Lunatic asylums in Bengal annual reports 1899-1911 - 1899-1911
Year: 1899
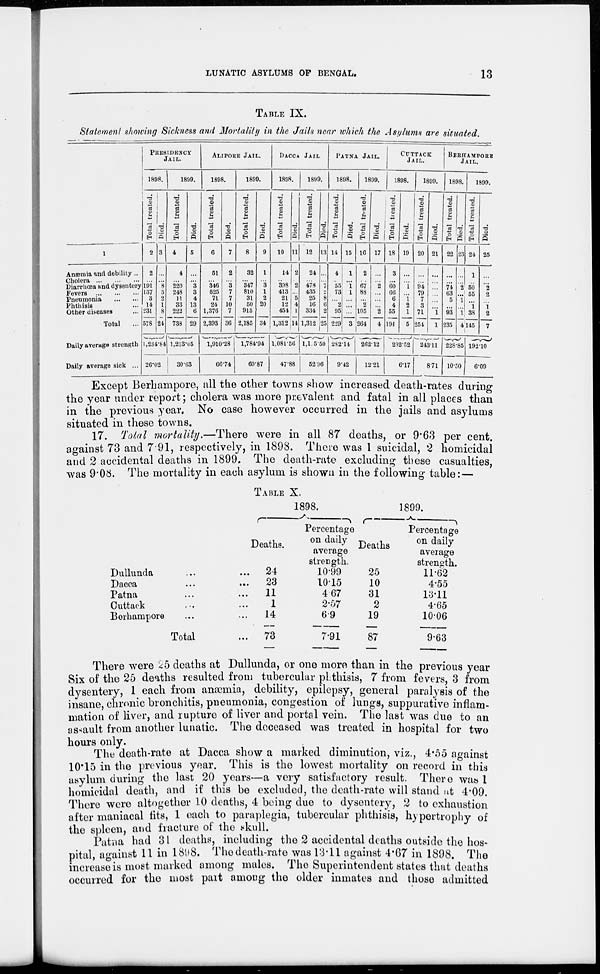
LUNATIC ASYLUMS OF BENGAL.
13
TABLE IX.
Statement showing Sickness and Mortality in the Jails near which the Asylums are situated.
1
Anæmia and debility ...
Cholera ... ... ...
Diarrhœa and dysentery
Fevers ... ... ...
Pneumonia ... ...
Phthisis ...
Other diseases ...
Total ...
Daily average strength
Daily average sick ...
PRESIDENCY
JAIL.
1898.
Total treated.
2
2
...
191
137
3
14
231
578
Died.
3
...
...
8
5
2
1
8
24
1,234.84
26.02
1899.
Total treated.
4
4
...
220
248
11
33
222
738
Died.
5
...
...
3
3
4
13
6
29
1,213.05
30.63
ALIPORE JAIL.
1898.
Total treated.
6
51
... 346
525
71
24
1,376
2,393
Died.
7
2
... 3
7
7
10
7
36
1,910.28
66.74
1899.
Total treated.
8
32
...
347
810
31
50
915
2,185
Died.
9
1
... 3
1
2
20
34
1,784.94
60.87
DACCA JAIL.
1898.
Total treated.
10
14
... 398
413
21
12
454
1,312
Died.
11
2
...
2
...
5
4
1
14
1,081.56
47.88
1899.
Total treated.
12
24
... 478
435
25
16
334
1,312
Died.
13
...
...
7
2
8
6
2
25
1,165.50
52.96
PATNA JAIL.
1898.
Total treated.
14
4
... 55
73
...
2
95
229
Died.
15
1
...
1
1
...
...
...
3
282.14
9.42
1899.
Total treated.
16
2
...
67
88
...
2
105
264
Died.
17
...
... 2
...
...
...
2
4
262.12
12.21
CUTTACK
JAIL.
1898.
Total treated.
18
3
...
60
66
6
4
55
194
Died.
19
...
...
1
...
1
2
1
5
232.52
6.17
1899.
Total treated.
20
...
...
94
79
7
3
71
254
Died.
21
...
...
...
...
...
...
1
1
243.11
8.71
BERHAMPORE
JAIL.
1898.
Total treated.
22
...
...
74
63
5
...
93
235
Died.
23
...
...
2
...
1
...
1
4
228.85
10.50
1899.
Total treated.
24
1
...
50
55
...
1
38
145
Died.
25
...
...
2
2
...
1
2
7
192.10
6.09
Except Berhampore, all the other towns show increased death-rates during
the year under report; cholera was more prevalent and fatal in all places than
in the previous year. No case however occurred in the jails and asylums
situated in these towns.
17. Total mortality.—There were in all 87 deaths, or 9.63 per cent.
against 73 and 7.91, respectively, in 1898. There was 1 suicidal, 2 homicidal
and 2 accidental deaths in 1899. The death-rate excluding these casualties,
was 9.08. The mortality in each asylum is shown in the following table: —
TABLE X.
Dullunda ... ...
Dacca ... ...
Patna ... ...
Cuttack ... ...
Berhampore ... ...
Total ...
1898.
Deaths.
24
23
11
1
14
73
Percentage
on daily
average
strength.
10.99
10.15
4.67
2.57
6.9
7.91
1899.
Deaths
25
10
31
2
19
87
Percentage
on daily
average
strength.
11.62
4.55
13.11
4.65
10.06
9.63
There were 25 deaths at Dullunda, or one more than in the previous year
Six of the 25 deaths resulted from tubercular phthisis, 7 from fevers, 3 from
dysentery, 1 each from anæmia, debility, epilepsy, general paralysis of the
insane, chronic bronchitis, pneumonia, congestion of lungs, suppurative inflam-
mation of liver, and rupture of liver and portal vein. The last was due to an
assault from another lunatic. The deceased was treated in hospital for two
hours only.
.
The death-rate at Dacca show a marked diminution, viz., 4.55 against
10.15 in the previous year. This is the lowest mortality on record in this
asylum during the last 20 years—a very satisfactory result. There was 1
homicidal death, and if this be excluded, the death-rate will stand at 4.09.
There were altogether 10 deaths, 4 being due to dysentery, 2 to exhaustion
after maniacal fits, 1 each to paraplegia, tubercular phthisis, hypertrophy of
the spleen, and fracture of the skull.
Patna had 31 deaths, including the 2 accidental deaths outside the hos-
pital, against 11 in 1898. The death-rate was 13.11 against 4.67 in 1898. The
increase is most marked among males. The Superintendent states that deaths
occurred for the most part among the older inmates and those admitted